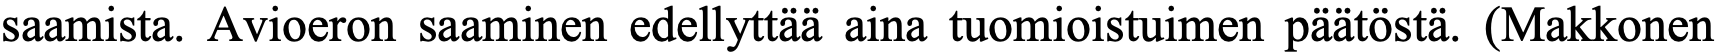
saamista. Avioeron saaminen edellyttää aina tuomioistuimen päätöstä. (Makkonen